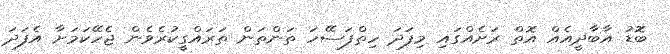
ބޮޑު އާބާދީއެއް އޮތް ރަށެއްގައި މިފަދަ ހިތްފަސޭހަ ތަންތަން ތަރައްގީކުރެވެން ޖެހޭކަމަށާ އެފަދަ